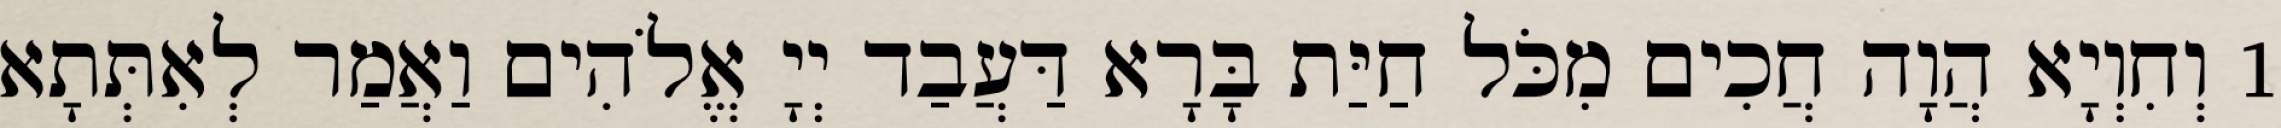
1 וְחִוְיָא הֲוָה חֲכִים מִכֹּל חַיַּת בָּרָא דַּעֲבַד יְיָ אֱלֹהִים וַאֲמַר לְאִתְּתָא